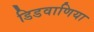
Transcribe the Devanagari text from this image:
डिडवाणिया